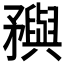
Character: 𥎗